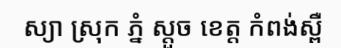
ស្យា ស្រុក ភ្នំ ស្តួច ខេត្ត កំពង់ស្ពឺ